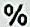
%